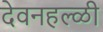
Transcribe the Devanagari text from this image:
देवनहल्ळी